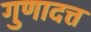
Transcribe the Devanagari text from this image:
गुणादत्त